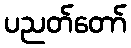
ပညတ်တော်